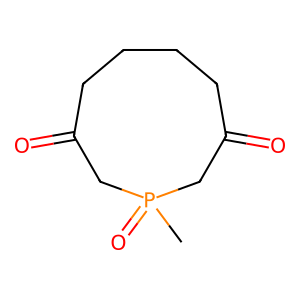
SMILES: CP1(=O)CC(=O)CCCCC(=O)C1
Inhibits HIV replication: No